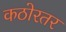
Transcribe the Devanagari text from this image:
कठोरतर